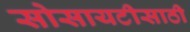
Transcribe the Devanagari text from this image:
सोसायटीसाठी